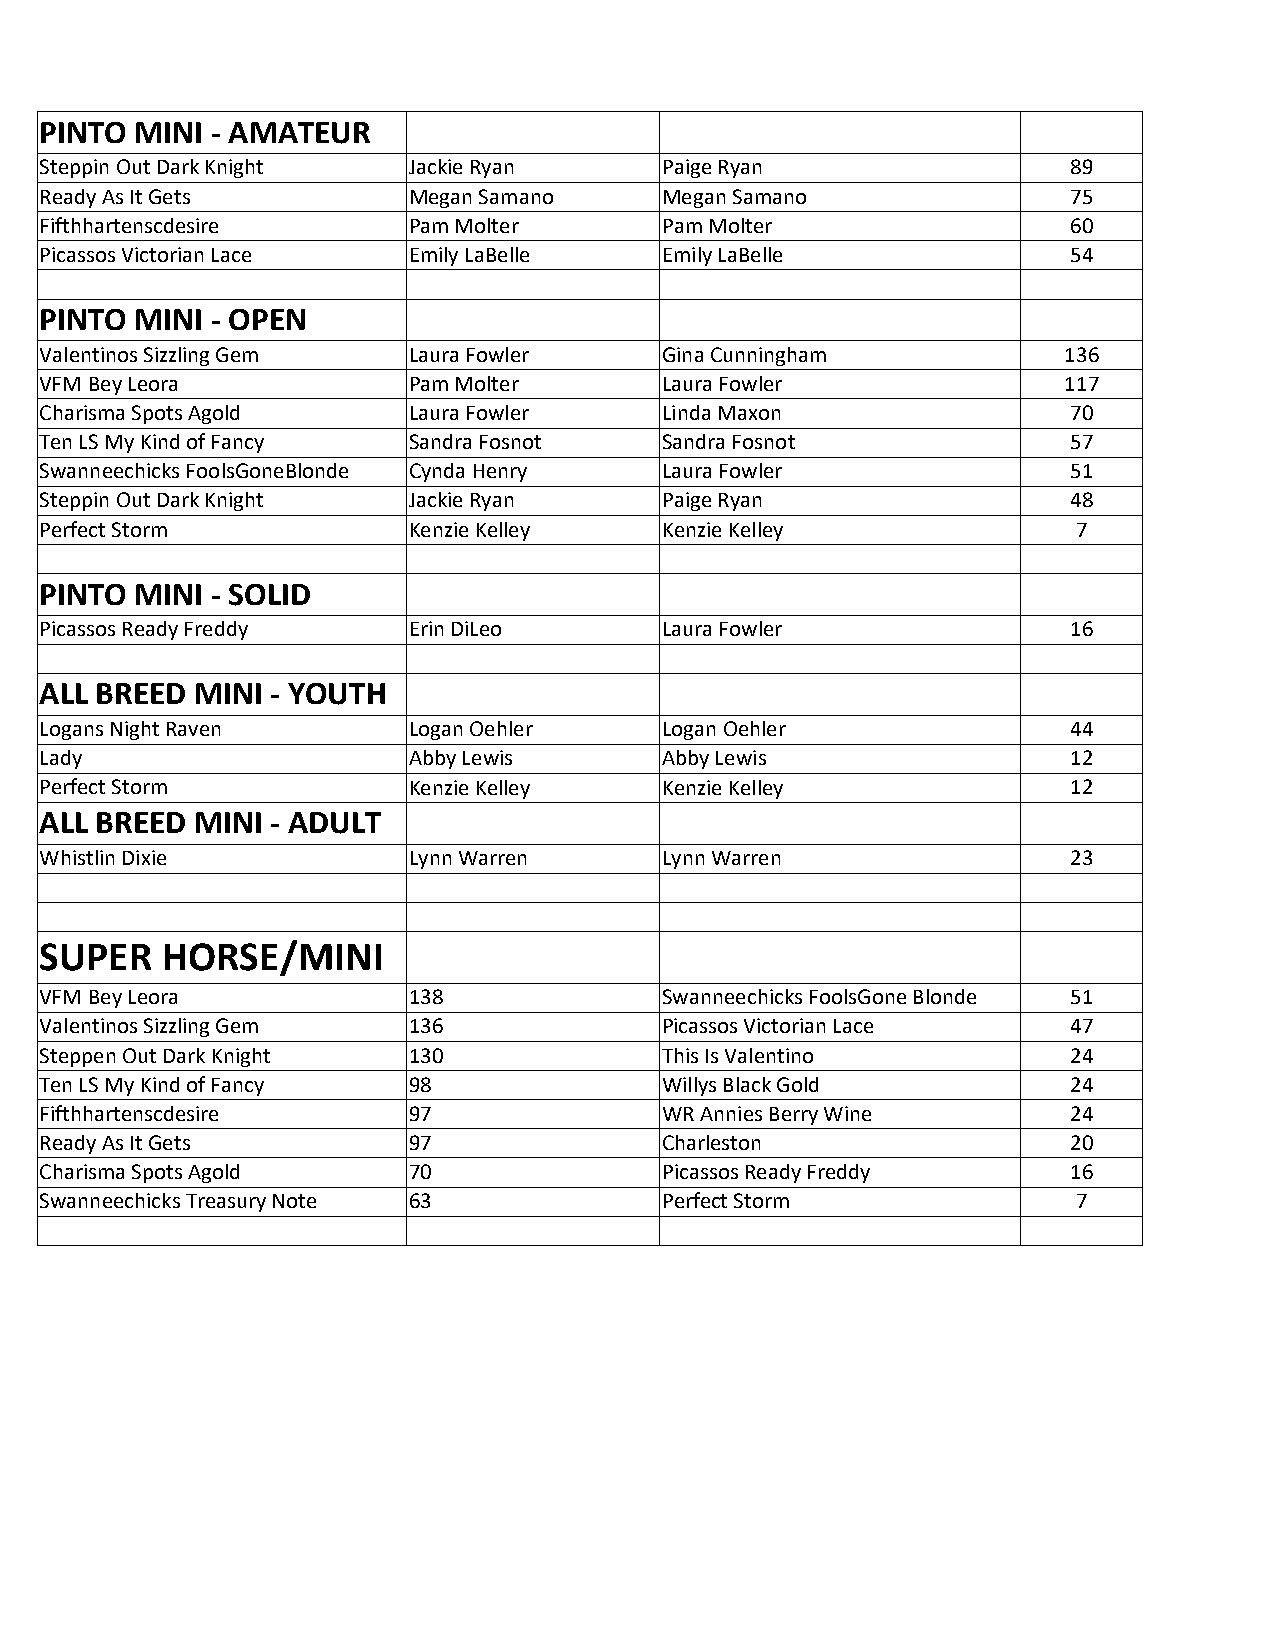
PINTO MINI - AMATEUR
 Steppin Out Dark Knight Jackie Ryan      Paige Ryan                 89
 Ready As It Gets        Megan Samano     Megan Samano               75
 Fifthhartenscdesire     Pam Molter       Pam Molter                 60
 Picassos Victorian Lace Emily LaBelle    Emily LaBelle              54
 PINTO MINI - OPEN
 Valentinos Sizzling Gem Laura Fowler     Gina Cunningham           136
 VFM Bey Leora           Pam Molter       Laura Fowler              117
 Charisma Spots Agold    Laura Fowler     Linda Maxon                70
 Ten LS My Kind of Fancy Sandra Fosnot    Sandra Fosnot              57
 Swanneechicks FoolsGoneBlonde Cynda Henry Laura Fowler              51
 Steppin Out Dark Knight Jackie Ryan      Paige Ryan                 48
 Perfect Storm           Kenzie Kelley    Kenzie Kelley              7
 PINTO MINI - SOLID
 Picassos Ready Freddy   Erin DiLeo       Laura Fowler               16
 ALL BREED MINI - YOUTH
 Logans Night Raven      Logan Oehler     Logan Oehler               44
 Lady                    Abby Lewis       Abby Lewis                 12
 Perfect Storm           Kenzie Kelley    Kenzie Kelley              12
 ALL BREED MINI - ADULT
 Whistlin Dixie          Lynn Warren      Lynn Warren                23
 SUPER   HORSE/MINI
 VFM Bey Leora           138              Swanneechicks FoolsGone Blonde 51
 Valentinos Sizzling Gem 136              Picassos Victorian Lace    47
 Steppen Out Dark Knight 130              This Is Valentino          24
 Ten LS My Kind of Fancy 98               Willys Black Gold          24
 Fifthhartenscdesire     97               WR Annies Berry Wine       24
 Ready As It Gets        97               Charleston                 20
 Charisma Spots Agold    70               Picassos Ready Freddy      16
 Swanneechicks Treasury Note 63           Perfect Storm              7